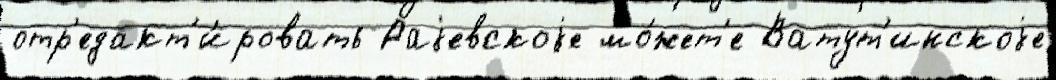
отр'едакт'и́ровать Раjевскоjе мо́жет'е Ватут'инскоjе